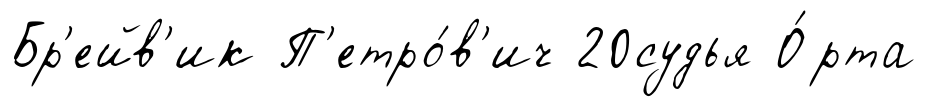
Бр'ейв'ик П'етро́в'ич 20судья О́рта